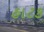
હાટક